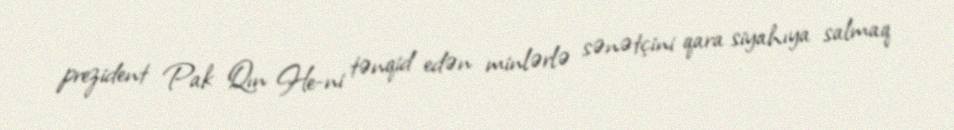
prezident Pak Qın He-ni tənqid edən minlərlə sənətçini qara siyahıya salmaq